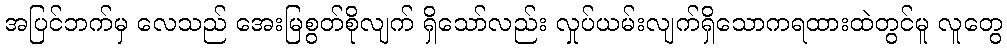
အပြင်ဘက်မှ လေသည် အေးမြစွတ်စိုလျက် ရှိသော်လည်း လှုပ်ယမ်းလျက်ရှိသောကရထားထဲတွင်မူ လူတွေ